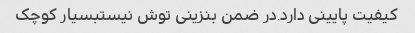
کیفیت پایینی دارد.در ضمن بنزینی توش نیستبسیار کوچک